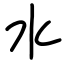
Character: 水